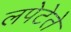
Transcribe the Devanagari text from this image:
लपेटेते